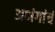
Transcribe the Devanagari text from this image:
अभंगांचं